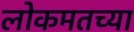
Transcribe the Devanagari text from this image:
लोकमतच्या